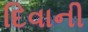
દિવાની